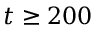
t \ge 2 0 0